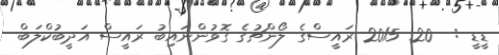
ޑީޑީ :  20